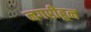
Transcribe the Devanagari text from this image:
नगरीहून